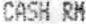
CASH RM